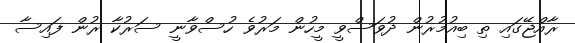
ރާއްޖޭގައި ތި ބިއުމުރުން ދުވަސްވީ މީހުން މަރުވެ ހުސްވާނީ ސަރުކާ ރުން ފައިސާ